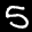
Label: 5